Report of the Hyderabad Chloroform Commission
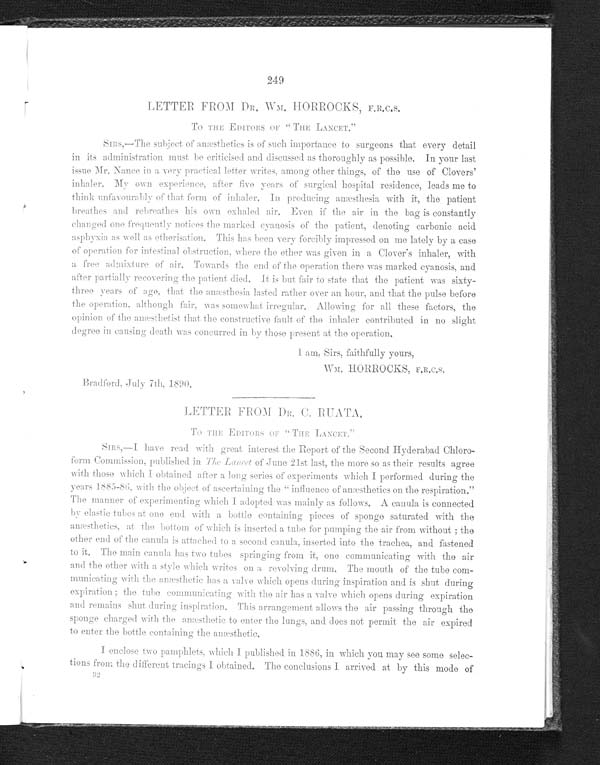
249
LETTER FROM DR. WM . HORROCKS, F.R.C.S.
To THE EDITORS OF "THE LANCET."
Sirs,—The subjects of anæsthetice is of such importance to surgeons that every detail
in its administration must be criticised and discussed as thoroughly as possible. In your last
issue Mr. Nance in a very practical letter writes, among other things, of the use of Clovers'
inhaler. My own experience, after five years of surgical hospital residence, leads me to
think unfavourably of that form of inhaler. In producing anæthesia with it, the patient
b r e a t h e s a n d r e b r e a t h e s h i s o w n e x h a l e d a i r .E
v e n
i f t h e a i r i n t h e b a g i s c o n s t a n t l y
c h a n g e d o n e f r e q u e n t l y n o t i c e s t h e m ar
k e d
c y a n o s i s o f t h e p a t i e n t , d e n o t i n g c a r b o n i c a c i d
asphyxia as well as etherisation. This has been very forcibly impressed on me lately by a case
of operation for intestinal obstruction, where the other was given in a Clover's inhaler, with
a f r e e a d m i x t u r e o f a i r . T o w a r d s t h e e n d o f t h e o p e r a t i o n t h e r e w a s m a r k e d c y a n o s i s , a n d
after partially recovering the patient died. It is but fair to state that the patient was sixty-
three years of age, that the anæsthesia lasted rather over an hour, and that the pulsed, before
the operation, although fair, was somewhat irregular. Allowing for all these factors, the
opinion of the anæsthetist that the constructive fault of the inhaler contributed in no slight
degree in causing death was concurred in by those present at the operation.
I am, Sirs, faithfully yours,
B r a d f o r d , J u l y 7 t h , 1 8 9 0 .
L E T T E R F R O M D R . C . R U A T A
T O T H E E D I T O R S O F " T H E L A N C E T . "
SIRS, —I have read with great interest the Report of the second Hyderabad Chloro-
form Commission, published in The Lancet ofJ u n e 2 1 s t l a s t , t h e m o r e s o a s t h e i r r e s u l t s a g r e e
with those which I obtained after a long series of experiments which I performed during the
years 1885-86, with the object of ascerta
ining the " influence of anæstheticso n t h e r e s p i r a t i o n . "
The manner of experimenting which I adopted was mainly as follows. A canula is connected
by elastic tubes at one end with a bottle containing pieces of sponge saturated with the
anæsthetics, at the bottom of which is inserted a tube for pumping the air from without; the
other end of the canula is attached to a second, canula, inserted into the trachea, and fastened
to it. The main canula has two tubes springing from it, one communicating with the air
and the other with a style which writes on arevolving drum. The mouth of the tube com-
- m u n i c a t i n g w i t h t h e a n æ s t h e t i c h a s a v a l v e w h i c h o p e n s d u r i n g i n s p i r a t i o n a n d i s s h u t d u r i n g
expiration; the tube communicating with the air has a valve which opens during expiration
and remains shut during inspiration. This arrangement allows the air passing through the
sponge charged with the anæsthetic to enter the lungs, and does not permit the air expired
t o e n t e r t h e b o t t l e c o n t a i n i n g t h e a n æ s t h e t i c .
I enclose two pamphlets, which I published in 18 8 6 ,
in which you may see some selec--
tions from the different tracings I obtained. The conclusions I arrived at by this mode of
3 2